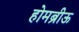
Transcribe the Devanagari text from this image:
होमब्रीऊ